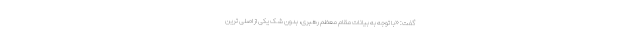
گفت: «با توجه به بیانات مقام معظم رهبری، بدون شک یکی از اصلی ترین